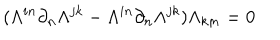
LaTeX: ( \Lambda ^ { i n } \partial _ { n } \Lambda ^ { j k } - \Lambda ^ { i n } \partial _ { n } \Lambda ^ { j k } ) \Lambda _ { k m } = 0